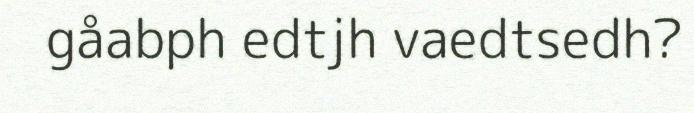
gåabph edtjh vaedtsedh?